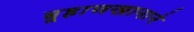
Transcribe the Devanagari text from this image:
बुर्‍हाणखानाने